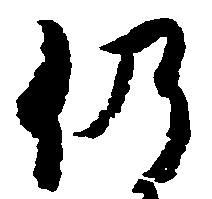
仍